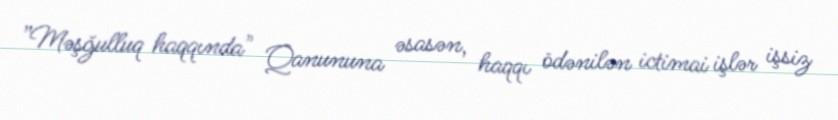
”Məşğulluq haqqında" Qanununa əsasən, haqqı ödənilən ictimai işlər işsiz